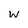
Character: W